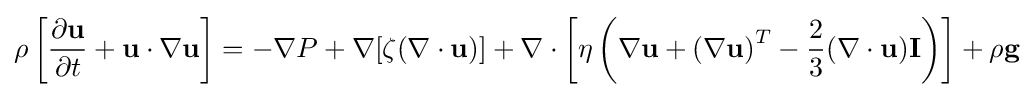
\rho \left[{\frac {\partial \mathbf {u} }{\partial t}}+\mathbf {u} \cdot \nabla \mathbf {u} \right]=-\nabla P+\nabla [\zeta (\nabla \cdot \mathbf {u} )]+\nabla \cdot \left[\eta \left(\nabla \mathbf {u} +\left(\nabla \mathbf {u} \right)^{T}-{\frac {2}{3}}(\nabla \cdot \mathbf {u} )\mathbf {I} \right)\right]+\rho \mathbf {g}